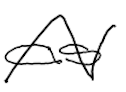
Text: as
Cross-out: mix
Writing tool: digital_black